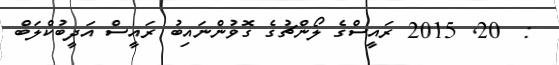
:  20